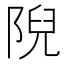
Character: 𨺙